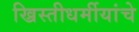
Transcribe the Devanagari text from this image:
ख्रिस्तीधर्मीयांचे